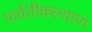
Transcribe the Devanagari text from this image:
पार्वतीकल्याण